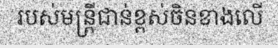
របស់មន្ត្រីជាន់ខ្ពស់ចិនខាងលើ